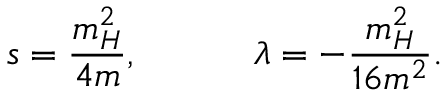
s = \frac { m _ { H } ^ { 2 } } { 4 m } , \quad \quad \quad \lambda = - \frac { m _ { H } ^ { 2 } } { 1 6 m ^ { 2 } } .